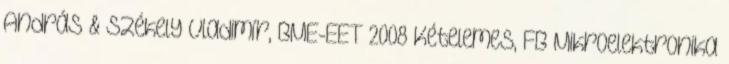
András & Székely Vladimír, BME-EET 2008 Kételemes, FB Mikroelektronika